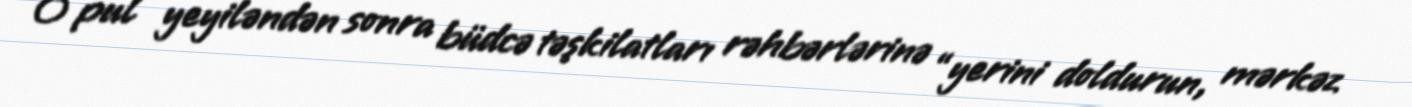
O pul yeyiləndən sonra büdcə təşkilatları rəhbərlərinə “yerini doldurun, mərkəz